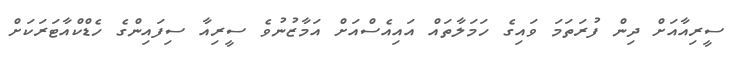
ސީރިއާއަށް ދިން ފުރަތަމަ ވައިގެ ހަމަލާތައް އައިއެސްއަށް އަމާޒުނުވެ ސީރިއާ ސިފައިންގެ ހެޑްކްއާޓަރަކަށް